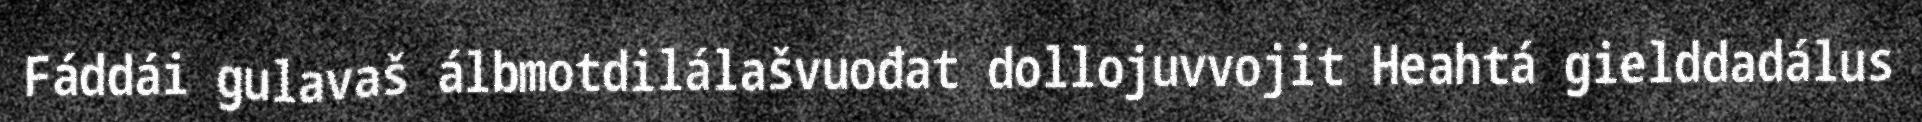
Fáddái gulavaš álbmotdilálašvuođat dollojuvvojit Heahtá gielddadálus